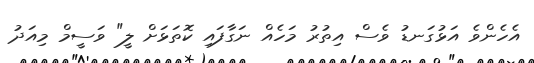
އެހެންވެ އަޅުގަނޑު ވެސް އިތުރު މަހެއް ނަގާފައި ކޮތަޅަށް ލީ" ވަސީމް މިއަދު